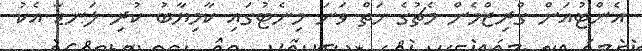
އެންޓުއަން ގްރިޒްމެން މެޗުގެ ހަތް ވަނަ މިނެޓުގައި ކާމިޔާބު ކުރި ލަނޑާ އެކު